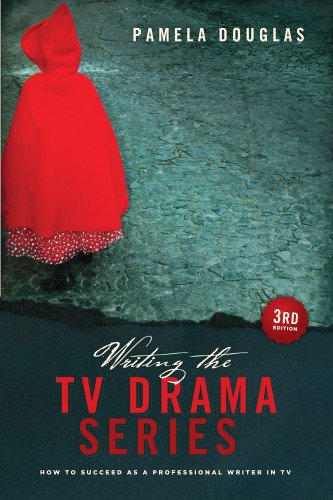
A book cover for Writing the TV Drama Series 3rd edition: How to Succeed as a Professional Writer in TV; Pam Douglas; Humor & Entertainment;